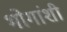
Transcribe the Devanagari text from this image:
भोगांशी